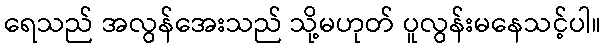
ရေသည် အလွန်အေးသည် သို့မဟုတ် ပူလွန်းမနေသင့်ပါ။